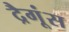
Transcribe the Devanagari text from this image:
द्रैगूंस